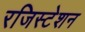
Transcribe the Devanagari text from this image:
रजिस्टेशन